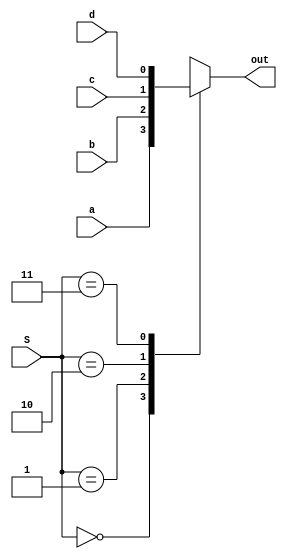
module mux4_1(output reg out, input wire a, b, c, d, input wire [1:0] S);

always @(a or b or c or d or S) begin

    case(S)
    2'b00: out = a;
    2'b01: out = b;
    2'b10: out = c;
    2'b11: out = d;
    endcase

end

endmodule